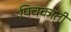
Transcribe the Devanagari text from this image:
पिचकाती